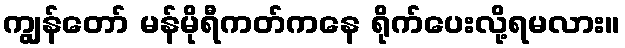
ကျွန်တော် မန်မိုရီကတ်ကနေ ရိုက်ပေးလို့ရမလား။